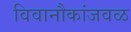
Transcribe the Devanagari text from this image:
विवानौकांजवळ